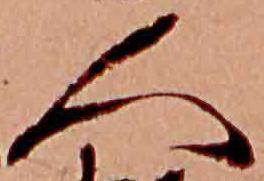
人